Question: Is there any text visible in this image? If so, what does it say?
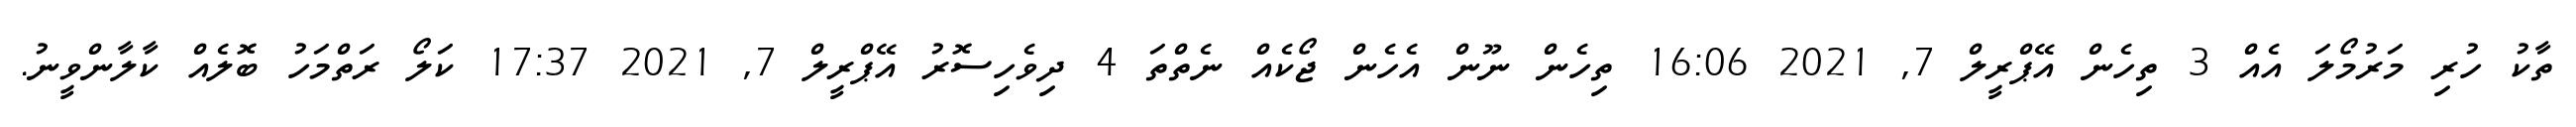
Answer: ތާކު ހުރި މަރުމޯލަ އެއް 3 ތިހެން އޭޕްރީލް 7, 2021 16:06 ތިހެން ނޫން އެހެން ޖޯކެއް ނެތްތަ 4 ދިވެހިސޮރު އޭޕްރީލް 7, 2021 17:37 ކަލޯ ރަތްމަހު ބޮލެއް ކާލާންވީނު.